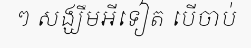
ៗ សង្ឃឹមអីទៀត បើចាប់